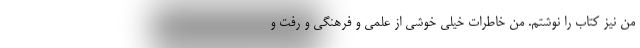
من نیز کتاب را نوشتم. من خاطرات خیلی خوشی از علمی و فرهنگی و رفت و